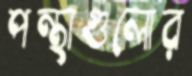
পন্থাগুলোর